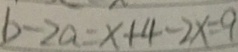
b - 2 a = x + 4 - 2 x = 9